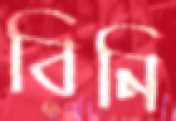
বিনি